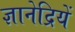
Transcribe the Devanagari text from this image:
ज्ञानेद्रियें